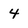
Character: 4